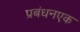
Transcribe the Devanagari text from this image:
प्रबंधनएक